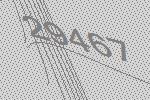
29467